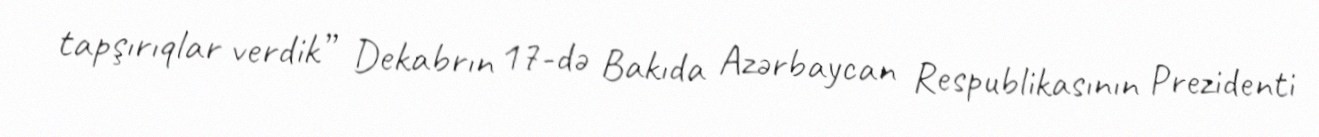
tapşırıqlar verdik” Dekabrın 17-də Bakıda Azərbaycan Respublikasının Prezidenti